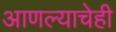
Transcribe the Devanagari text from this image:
आणल्याचेही